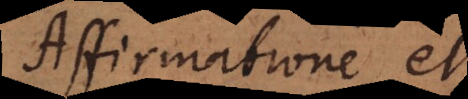
Affirmatio et